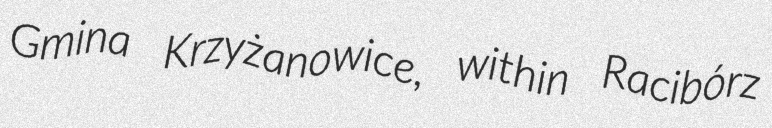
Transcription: Gmina Krzyżanowice, within Racibórz